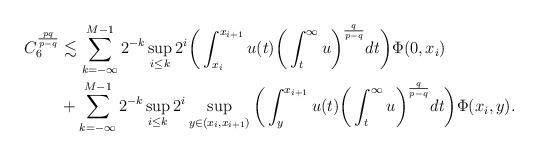
LaTeX: \begin{align*}C_6^{\frac{pq}{p-q}} & \lesssim \sum_{k=-\infty}^{M-1} 2^{-k} \sup_{i \leq k} 2^{i}\bigg(\int_{x_i}^{x_{i+1}} u(t)\bigg(\int_t^{\infty} u \bigg)^{\frac{q}{p-q}} dt\bigg) \Phi(0,x_i)\\& + \sum_{k=-\infty}^{M-1} 2^{-k} \sup_{i \leq k} 2^{i} \sup_{y \in (x_i, x_{i+1})}\bigg(\int_y^{x_{i+1}} u(t)\bigg(\int_t^{\infty} u \bigg)^{\frac{q}{p-q}} dt\bigg) \Phi(x_i,y).\end{align*}